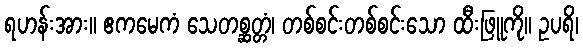
ရဟန်းအား။ ဧကမေကံ သေတစ္ဆတ္တံ၊ တစ်စင်းတစ်စင်းသော ထီးဖြူကို။ ဥပရိ၊